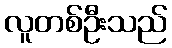
လူတစ်ဦးသည်